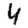
Digit: 4